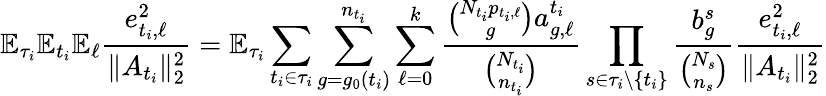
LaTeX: \mathbb{E}_{\tau_{i}}\mathbb{E}_{t_{i}}\mathbb{E}_{\ell}\frac{e_{t_{i},\ell}^{2}}{\| A_{t_{i}}\| _{2}^{2}}=\mathbb{E}_{\tau_{i}}\sum_{{t_{i}}\in\tau_{i}}\sum_{g=g_{0}({t_{i}})}^{n_{t_{i}}}\sum_{\ell=0}^{k}\frac{\binom{N_{t_{i}}p_{t_{i},\ell}}{g}a_{g,\ell}^{t_{i}}}{\binom{N_{t_{i}}}{n_{t_{i}}}}\prod_{s\in\tau_{i}\setminus\{ {t_{i}}\} }\frac{b_{g}^{s}}{\binom{N_{s}}{n_{s}}}\frac{e_{{t_{i}},\ell}^{2}}{\| A_{{t_{i}}}\| _{2}^{2}}